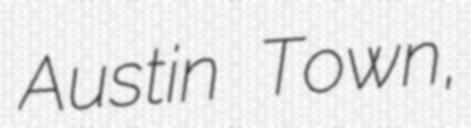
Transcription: Austin Town,